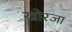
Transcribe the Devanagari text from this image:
खोरजा